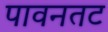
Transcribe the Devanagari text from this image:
पावनतट